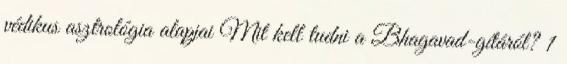
védikus asztrológia alapjai Mit kell tudni a Bhagavad-gítáról? 1